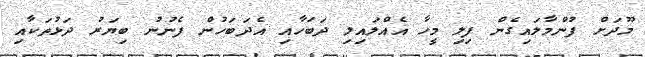
މޫދަށް ފުންމާލައިގެން ފިލި މީހާ އެއްލައިލި ދަބަހާއި އެދަބަހުން ފެނުނު ބިޔަރު ދަޅުތަކާއި